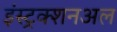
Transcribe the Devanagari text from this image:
इंस्ट्रक्शनअल